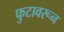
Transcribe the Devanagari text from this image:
फुटावरून